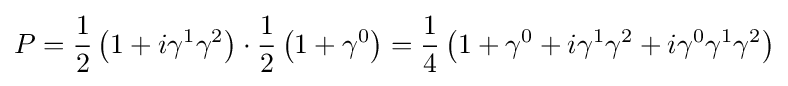
P={\frac {1}{2}}\left(1+i\gamma ^{1}\gamma ^{2}\right)\cdot {\frac {1}{2}}\left(1+\gamma ^{0}\right)={\frac {1}{4}}\left(1+\gamma ^{0}+i\gamma ^{1}\gamma ^{2}+i\gamma ^{0}\gamma ^{1}\gamma ^{2}\right)